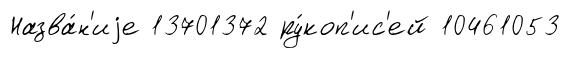
Назва́н'иjе 13701372 ру́коп'ис'ей 10461053